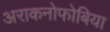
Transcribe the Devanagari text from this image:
अराकनोफोबिया